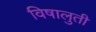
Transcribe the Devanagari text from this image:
विषालुती